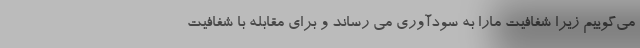
می‌گوییم زیرا شفافیت مارا به سودآوری می رساند و برای مقابله با شفافیت